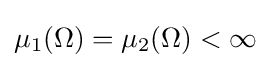
\mu _{1}(\Omega )=\mu _{2}(\Omega )<\infty